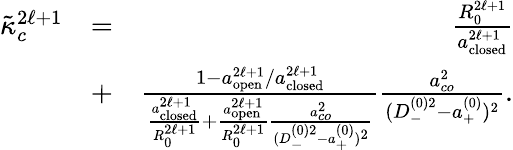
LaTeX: \begin{array}{rlr}{\tilde{\kappa}_{c}^{2\ell+1}}&{=}&{\frac{R_{0}^{2\ell+1}}{a_{\mathrm{closed}}^{2\ell+1}}}\\ &{+}&{\frac{1-a_{\mathrm{open}}^{2\ell+1}/a_{\mathrm{closed}}^{2\ell+1}}{\frac{a_{\mathrm{closed}}^{2\ell+1}}{R_{0}^{2\ell+1}}+\frac{a_{\mathrm{open}}^{2\ell+1}}{R_{0}^{2\ell+1}}\frac{a_{co}^{2}}{(D_{-}^{(0)2}-a_{+}^{(0)})^{2}}}\frac{a_{co}^{2}}{(D_{-}^{(0)2}-a_{+}^{(0)})^{2}}.}\end{array}